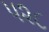
૫૨૮